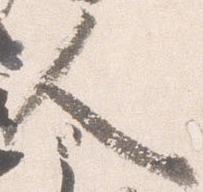
人